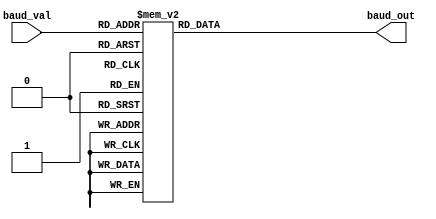
`timescale 1ns / 1ps
////////////////////////////////////////////////////////////////////////////////////
// This document contains information proprietary to the CSULB student that created
// the file - any reuse without adequate approval and documentation is prohibited   
//
// Project: Proj 3
// Created by <Zachery Takkesh> on <November 16th, 2019>
// Copyright @ 2019 <Zachery Takkesh>. All rights reserved
//
// Purpose: The baud rate decoder is designed to take an incoming baud signal and 
//				decode it to a decimal value representing the baud rate. This module 
//				allows for different baud rates to be selected by using on-board
//			 	switches for the UART protocol.
//
// In submitting this file for class work at CSULB
// I am confirming that this is my work and the work of no one else. 
// 
// In submitting this code I acknowledge that plagiarism in student project
// work is subject to dismissal from the class. 
////////////////////////////////////////////////////////////////////////////////
module baud_decoder(baud_val, baud_out);

	// Input and Output Declarations
	input [3:0] baud_val;
	
	output reg [18:0] baud_out;
	
	//*******************************************************
	//  Baud Decoder Selection
	//*******************************************************
	always@(*) begin
		case(baud_val)
			4'b0000: baud_out = 19'd333_333;     //     300
			4'b0001: baud_out = 19'd83_333;      //   1_200
			4'b0010: baud_out = 19'd41_667;      //   2_400
			4'b0011: baud_out = 19'd20_833;      //   4_800
			4'b0100: baud_out = 19'd10_417;      //   9_600
			4'b0101: baud_out = 19'd5_208;       //  19_200
			4'b0110: baud_out = 19'd2_604;       //  38_400
			4'b0111: baud_out = 19'd1_736;       //  57_600
			4'b1000: baud_out = 19'd868;         // 115_200
			4'b1001: baud_out = 19'd434;         // 230_400
			4'b1010: baud_out = 19'd217;         // 460_800
			4'b1011: baud_out = 19'd109;         // 921_600
			default: baud_out = 19'd333_333;
		endcase // end of baud case statement
	end // end of combinational block
	
endmodule // end of baud decoder